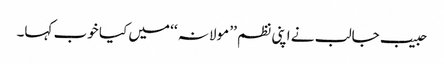
حبیب جالب نے اپنی نظم ’’ مولانہ ‘‘ میں کیا خوب کہا۔